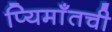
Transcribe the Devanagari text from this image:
प्यिमाँतची